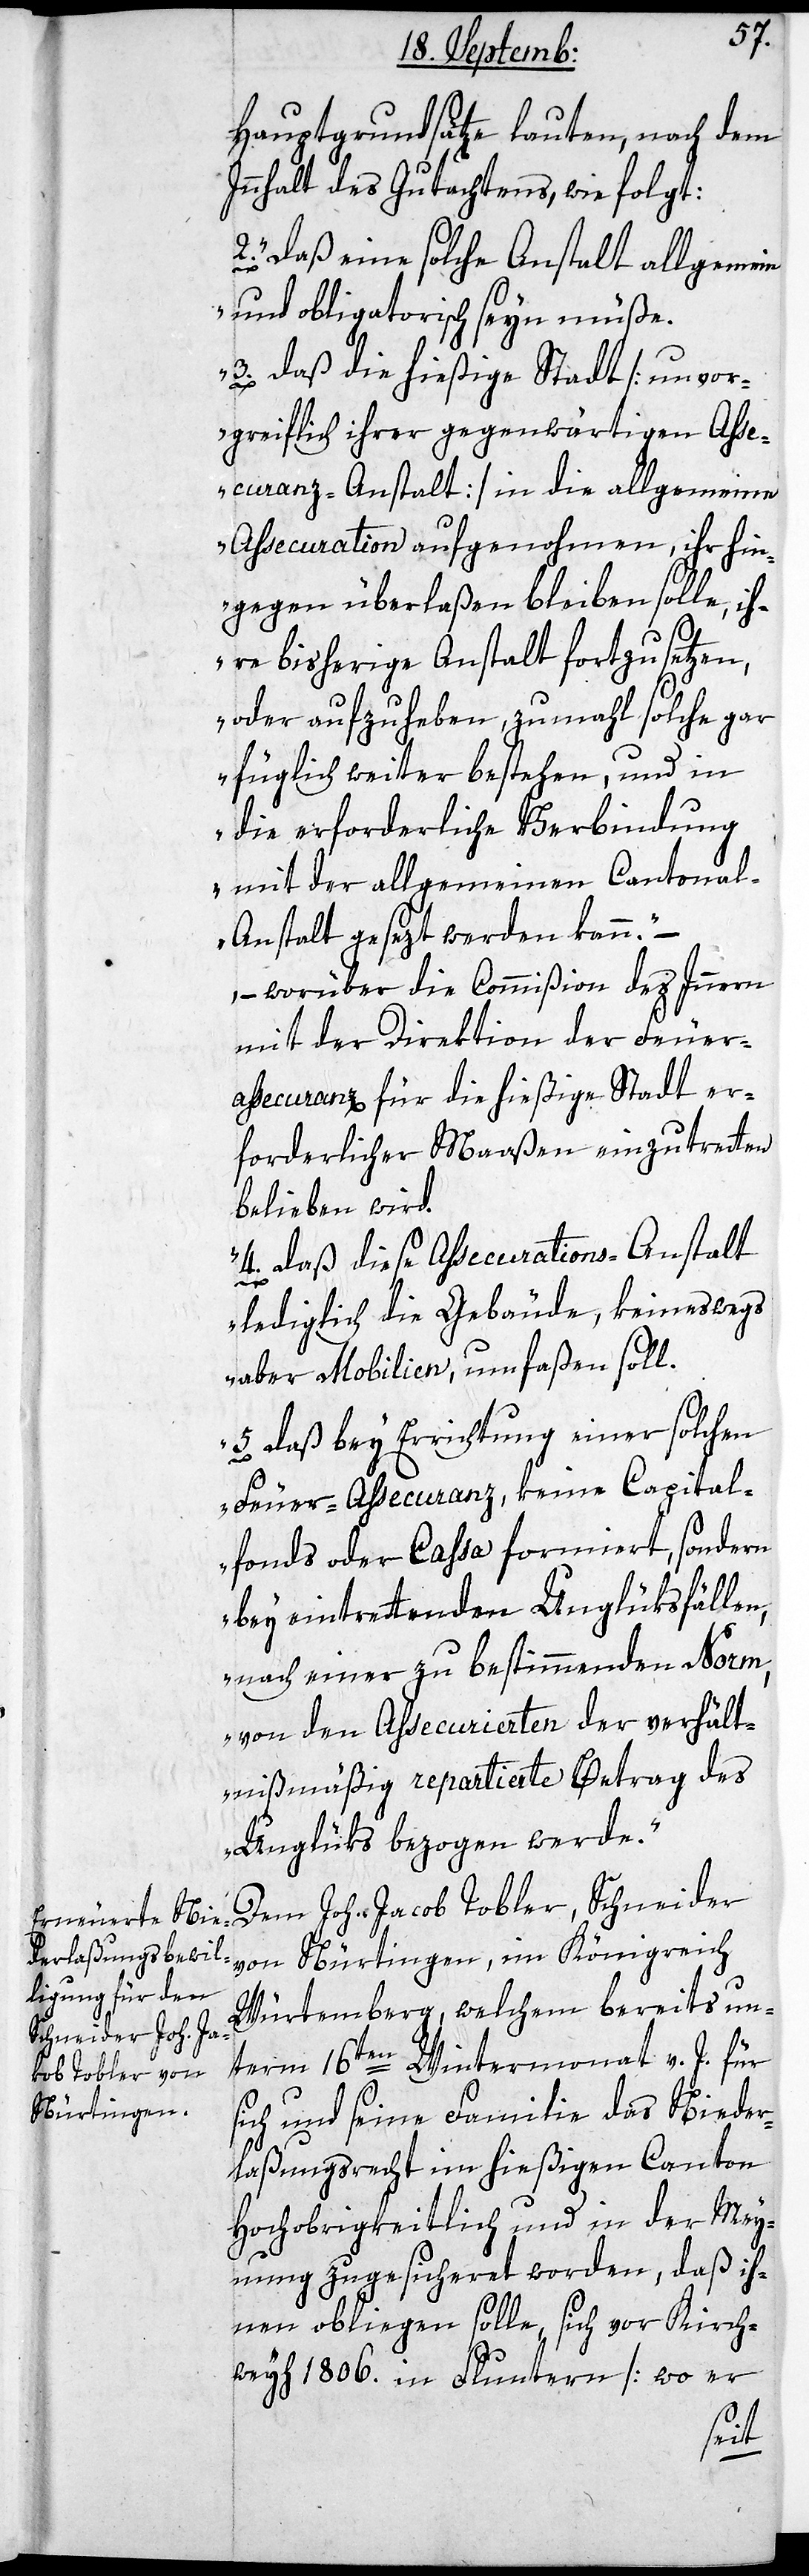
Hauptgrundsätze lauten, nach dem
Innhalt des Gutachtens, wie folgt:
2. „Daß eine solche Anstalt allgemein
und obligatorisch seyn müße.
3. Daß die hießige Stadt [unvor¬
greiflich ihrer gegenwärtigen Ass¬
ecuranz-Anstalt] in die allgemeine
Assecuration aufgenohmen, ihr hin¬
gegen überlaßen bleiben solle, ih¬
re bisherige Anstalt fortzusetzen,
oder aufzuheben, zumahl solche gar
füglich weiter bestehen, und in
die erforderliche Verbindung
mit der allgemeinen Cantona¬
l-Anstalt gesezt werden kann.“
, worüber die Commißion des Innern
mit der Direktion der Feuer¬
assecuranz für die hießige Stadt er¬
forderlicher Maaßen einzutretten
belieben wird.
4. „Daß diese Assecurations-Anstalt
lediglich die Gebäude, keineswegs
aber Mobilien umfaßen soll.
5. Daß bey Errichtung einer solchen
Feuer-Assecuranz, keine Capital¬
fonds oder Cassa formiert, sondern
bey eintrettenden Unglüksfällen,
nach einer zu bestimmenden Norm,
von den Assecurierten der verhält¬
nismäßig repartierte Betrag des
Unglüks bezogen werde“.
Dem Joh. Jacob Tobler, Schneider
von Nürtingen, im Königreich
Würtemberg, welchem bereits un¬
term 16ten Wintermonat v. J. für
sich und seine Familie das Nieder¬
laßungsrecht im hießigen Canton
Hochobrigkeitlich und in der Mey¬
nung zugesicheret worden, daß ih¬
nen obliegen solle, sich vor Kirch¬
weyh 1806. in Fluntern [wo er